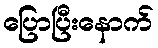
ပြောပြီးနောက်